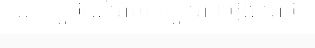
ឯកឧត្តមអភិបាលខេត្ត បានថ្លែងប្រាប់